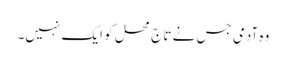
وہ آدمی جس نے تاج محل کو ایک نہیں۔